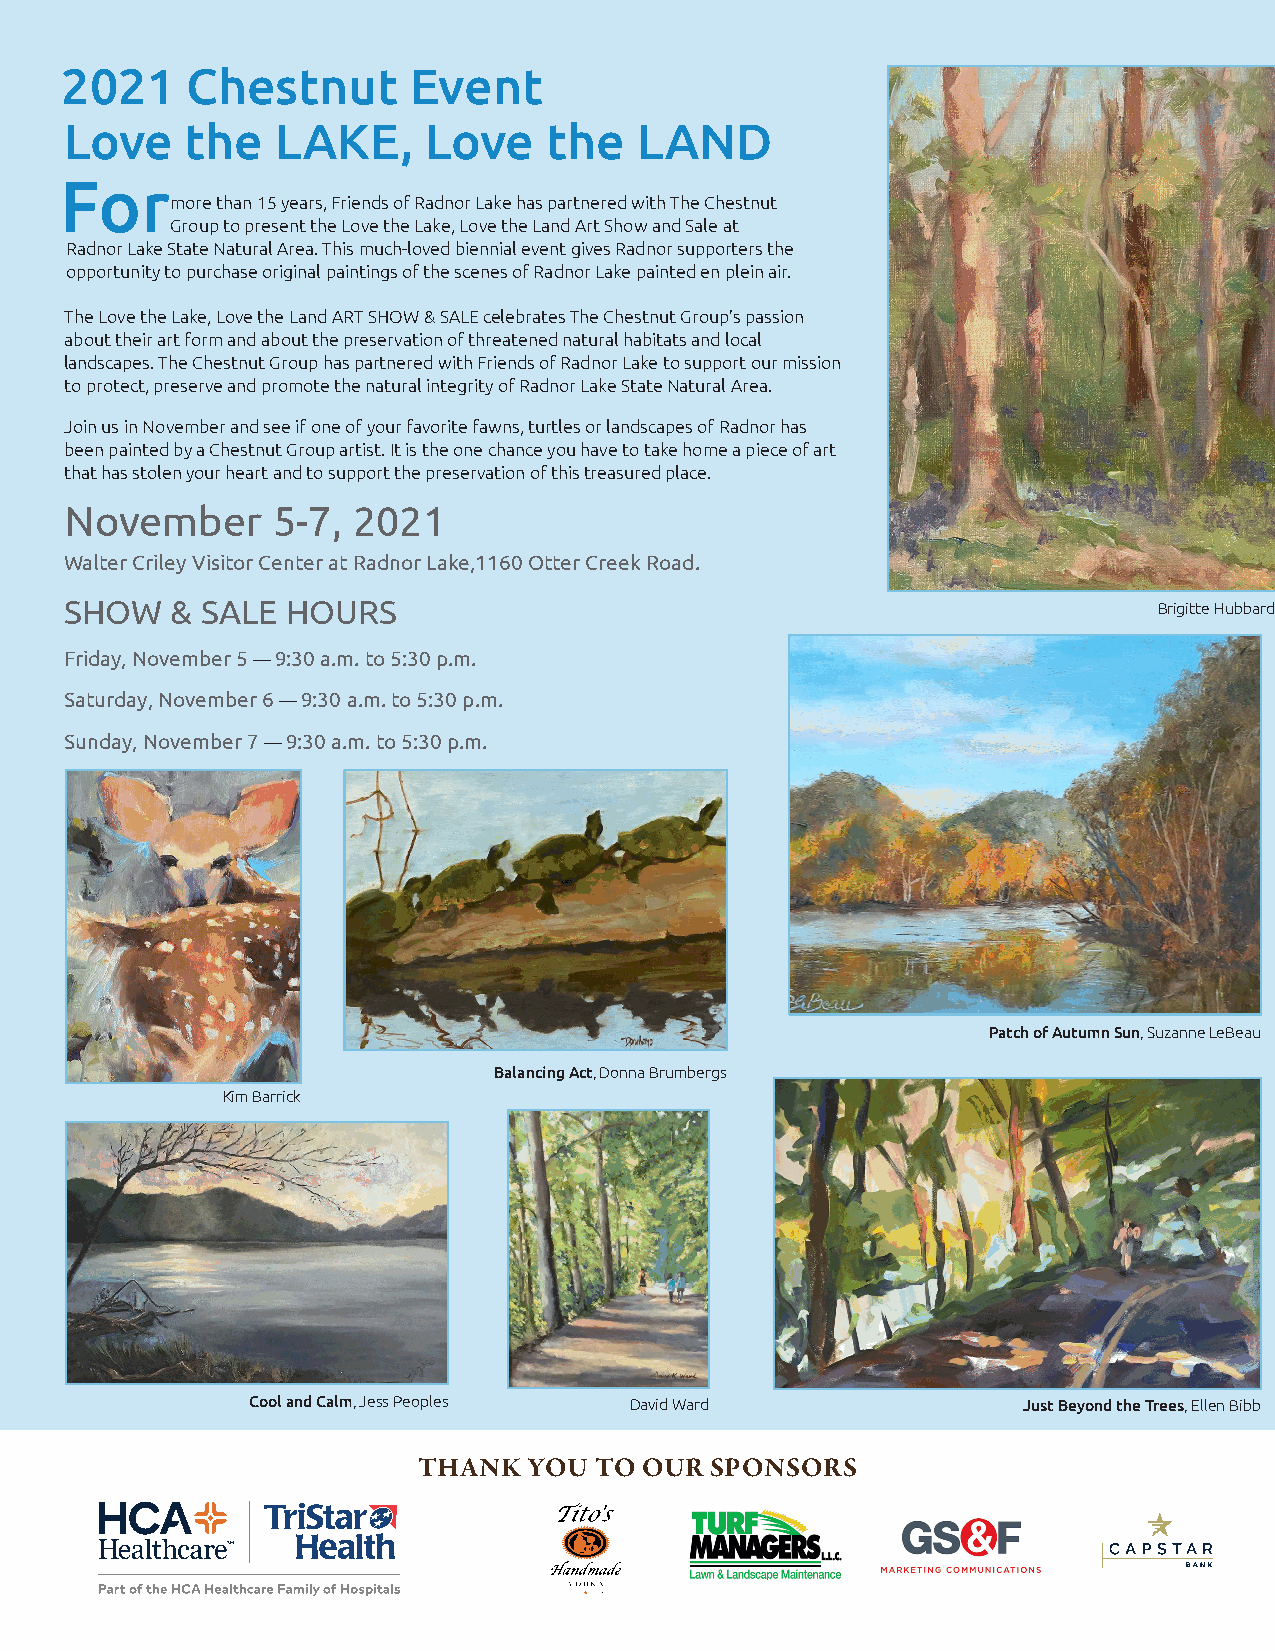
2021    Chestnut       Event
 Love    the   LAKE,     Love    the   LAND
 For
 more than 15 years, Friends of Radnor Lake has partnered with The Chestnut
 Group to present the Love the Lake, Love the Land Art Show and Sale at
 Radnor Lake State Natural Area. This much-loved biennial event gives Radnor supporters the
 opportunity to purchase original paintings of the scenes of Radnor Lake painted en plein air.
 The Love the Lake, Love the Land ART SHOW & SALE celebrates The Chestnut Group’s passion
 about their art form and about the preservation of threatened natural habitats and local
 landscapes. The Chestnut Group has partnered with Friends of Radnor Lake to support our mission
 to protect, preserve and promote the natural integrity of Radnor Lake State Natural Area.
 Join us in November and see if one of your favorite fawns, turtles or landscapes of Radnor has
 been painted by a Chestnut Group artist. It is the one chance you have to take home a piece of art
 that has stolen your heart and to support the preservation of this treasured place.
 November      5-7, 2021
 Walter Criley Visitor Center at Radnor Lake,1160 Otter Creek Road.
 SHOW   & SALE  HOURS                                                     Brigitte Hubbard
 Friday, November 5 — 9:30 a.m. to 5:30 p.m.
 Saturday, November 6 — 9:30 a.m. to 5:30 p.m.
 Sunday, November 7 — 9:30 a.m. to 5:30 p.m.
 Patch of Autumn Sun, Suzanne LeBeau
 Balancing Act, Donna Brumbergs
 Kim Barrick
 Cool and Calm, Jess Peoples David Ward             Just Beyond the Trees, Ellen Bibb
 THANK  YOU TO  OUR SPONSORS
 www.radnorlake.org • 3